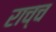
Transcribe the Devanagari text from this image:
राच्च